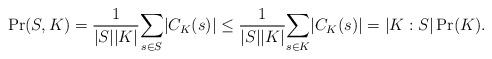
LaTeX: \begin{align*}\Pr(S, K) = \frac {1}{|S||K|}\underset{s\in S}{\sum}|C_K(s)| \leq \frac {1}{|S||K|}\underset{s\in K}{\sum}|C_K(s)| = |K : S|\Pr(K).\end{align*}